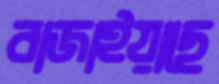
বাজাইয়াছে